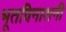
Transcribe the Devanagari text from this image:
भूतविनाशनी